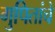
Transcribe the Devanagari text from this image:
गुपितांचे